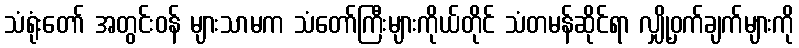
သံရုံးတော် အတွင်းဝန် များသာမက သံတော်ကြီးများကိုယ်တိုင် သံတမန်ဆိုင်ရာ လျှို့ဝှက်ချက်များကို